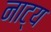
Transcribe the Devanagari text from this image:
नाट्य